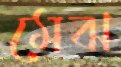
মেঝ